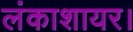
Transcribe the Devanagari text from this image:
लंकाशायर।